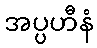
အပ္ပဟီနံ